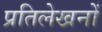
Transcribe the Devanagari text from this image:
प्रतिलेखनों